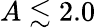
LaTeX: A\lesssim 2.0